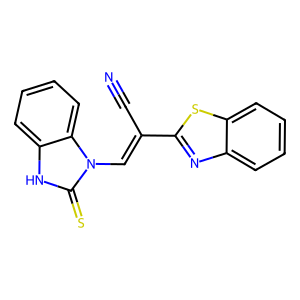
SMILES: N#CC(=Cn1c(=S)[nH]c2ccccc21)c1nc2ccccc2s1
Inhibits HIV replication: No